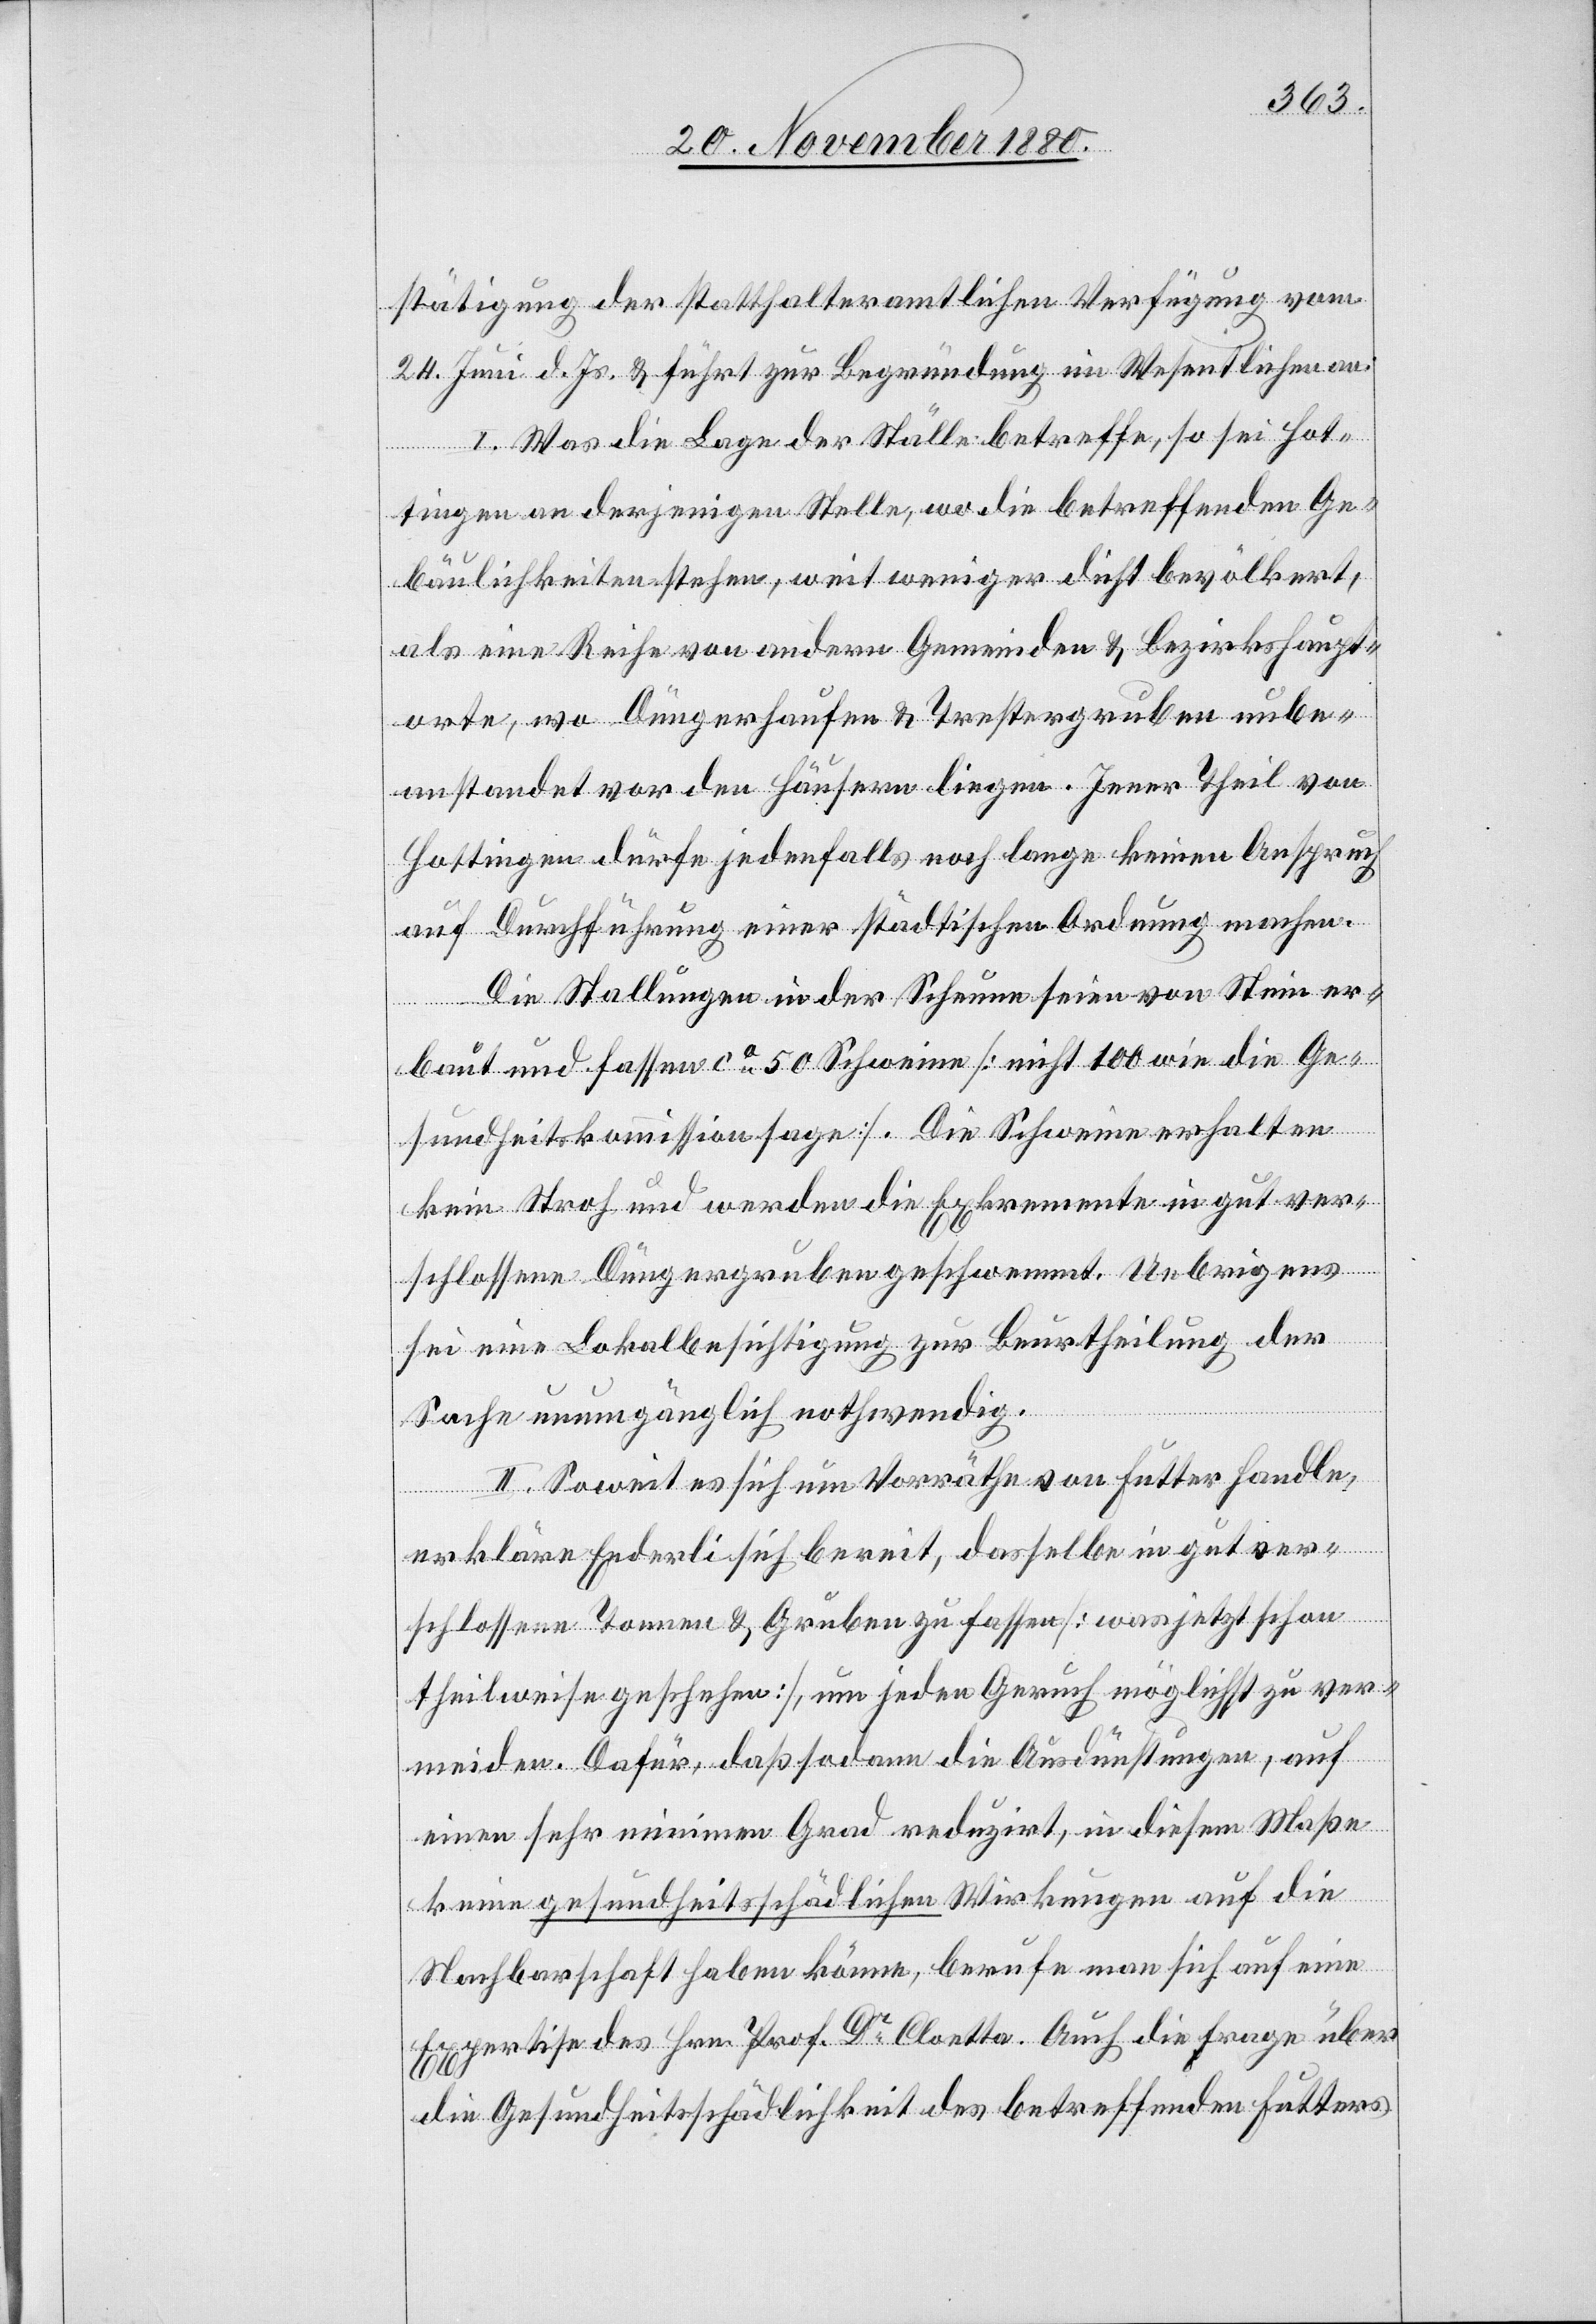
stätigung der statthalteramtlichen Verfügung vom
24. Juni d. Js. & führt zur Begründung im Wesentlichen an:
I. Was die Lage der Ställe betreffe, so sei Hot¬
tingen an derjenigen Stelle, wo die betreffenden Ge¬
bäulichkeiten stehen, weit weniger dicht bevölkert,
als eine Reihe von andern Gemeinden & Bezirkshaupt¬
orte, wo Düngerhaufen & Trestergruben unbe¬
anstandet vor den Häusern liegen. Jener Theil von
Hottingen dürfe jedenfalls noch lange keinen Anspruch
auf Durchführung einer städtischen Ordnung machen.
Die Stallungen in der Scheune seien von Stein er¬
baut und fassen ca 50 Schweine [nicht 100 wie die Ge¬
sundheitskommission sagt]. Die Schweine erhalten
kein Stroh und werden die Exkremente in gut ver¬
Ex¬
schlossene Düngergruben geschwemmt. Uebrigens
sei eine Lokalbesichtigung zur Beurtheilung der
Sache unumgänglich nothwendig.
II. Soweit es sich um Vorräthe von Futter handle,
erkläre Enderli sich bereit, dasselbe in gut ver¬
schlossene Tonnen & Gruben zu fassen [was jetzt schon
theilweise geschehen], um jeden Geruch möglichst zu ver¬
meiden. Dafür, daß sodann die Ausdünstungen, auf
einen sehr minimen Grad reduzirt, in diesem Maße
keine gesundheitsschädlichen Wirkungen auf die
Nachbarschaft haben könne, berufe man sich auf eine
pertise des Hrn. Prof. Dr Cloetta. Auch die Frage über
die Gesundheitsschädlichkeit des betreffenden Futters